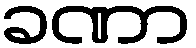
ခဏာ